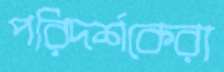
পরিদর্শকেরা